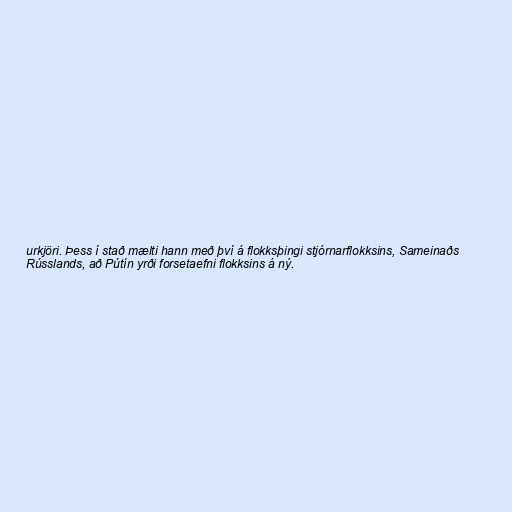
urkjöri. Þess í stað mælti hann með því á flokksþingi stjórnarflokksins, Sameinaðs
Rússlands, að Pútín yrði forsetaefni flokksins á ný.